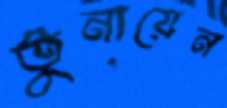
তুনায়েন